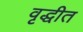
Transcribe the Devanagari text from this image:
वृद्धीत